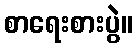
စာရေးစားပွဲ။